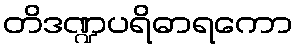
တိဒဏ္ဍပရိဓာရကော